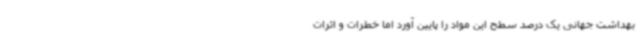
بهداشت جهانی یک درصد سطح این مواد را پایین آورد اما خطرات و اثرات